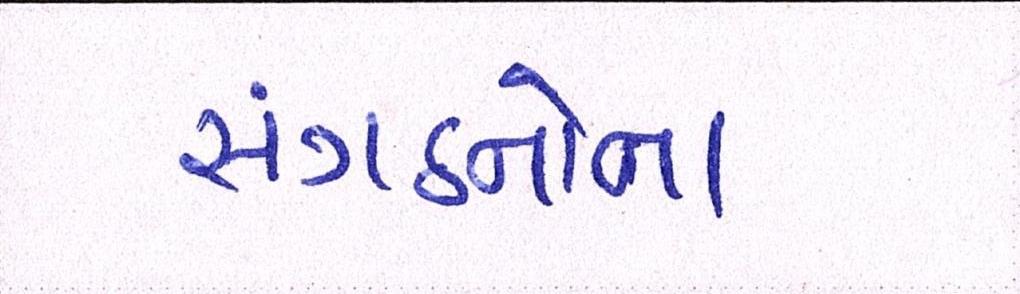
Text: સંગઠનોના